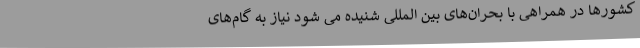
کشورها در همراهی با بحران‌های بین المللی شنیده می شود نیاز به گام‌های